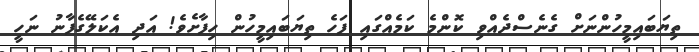
ތިޔަބައިމީހުންނަށް ގެނެސްދެއްވި ކޮންމެ ކަމެއްގައި ފަހެ ތިޔަބައިމީހުން ހިފާށެވެ! އަދި އެކަލޭގެފާނު ނަހީ